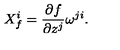
X _ { f } ^ { i } = \frac { \partial f } { \partial z ^ { j } } \omega ^ { j i } .